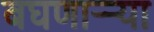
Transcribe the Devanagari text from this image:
बघणाऱ्र्‍या